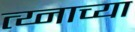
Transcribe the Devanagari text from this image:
त्य्नाच्या